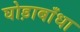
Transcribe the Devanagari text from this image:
घोड़ाबाँधा